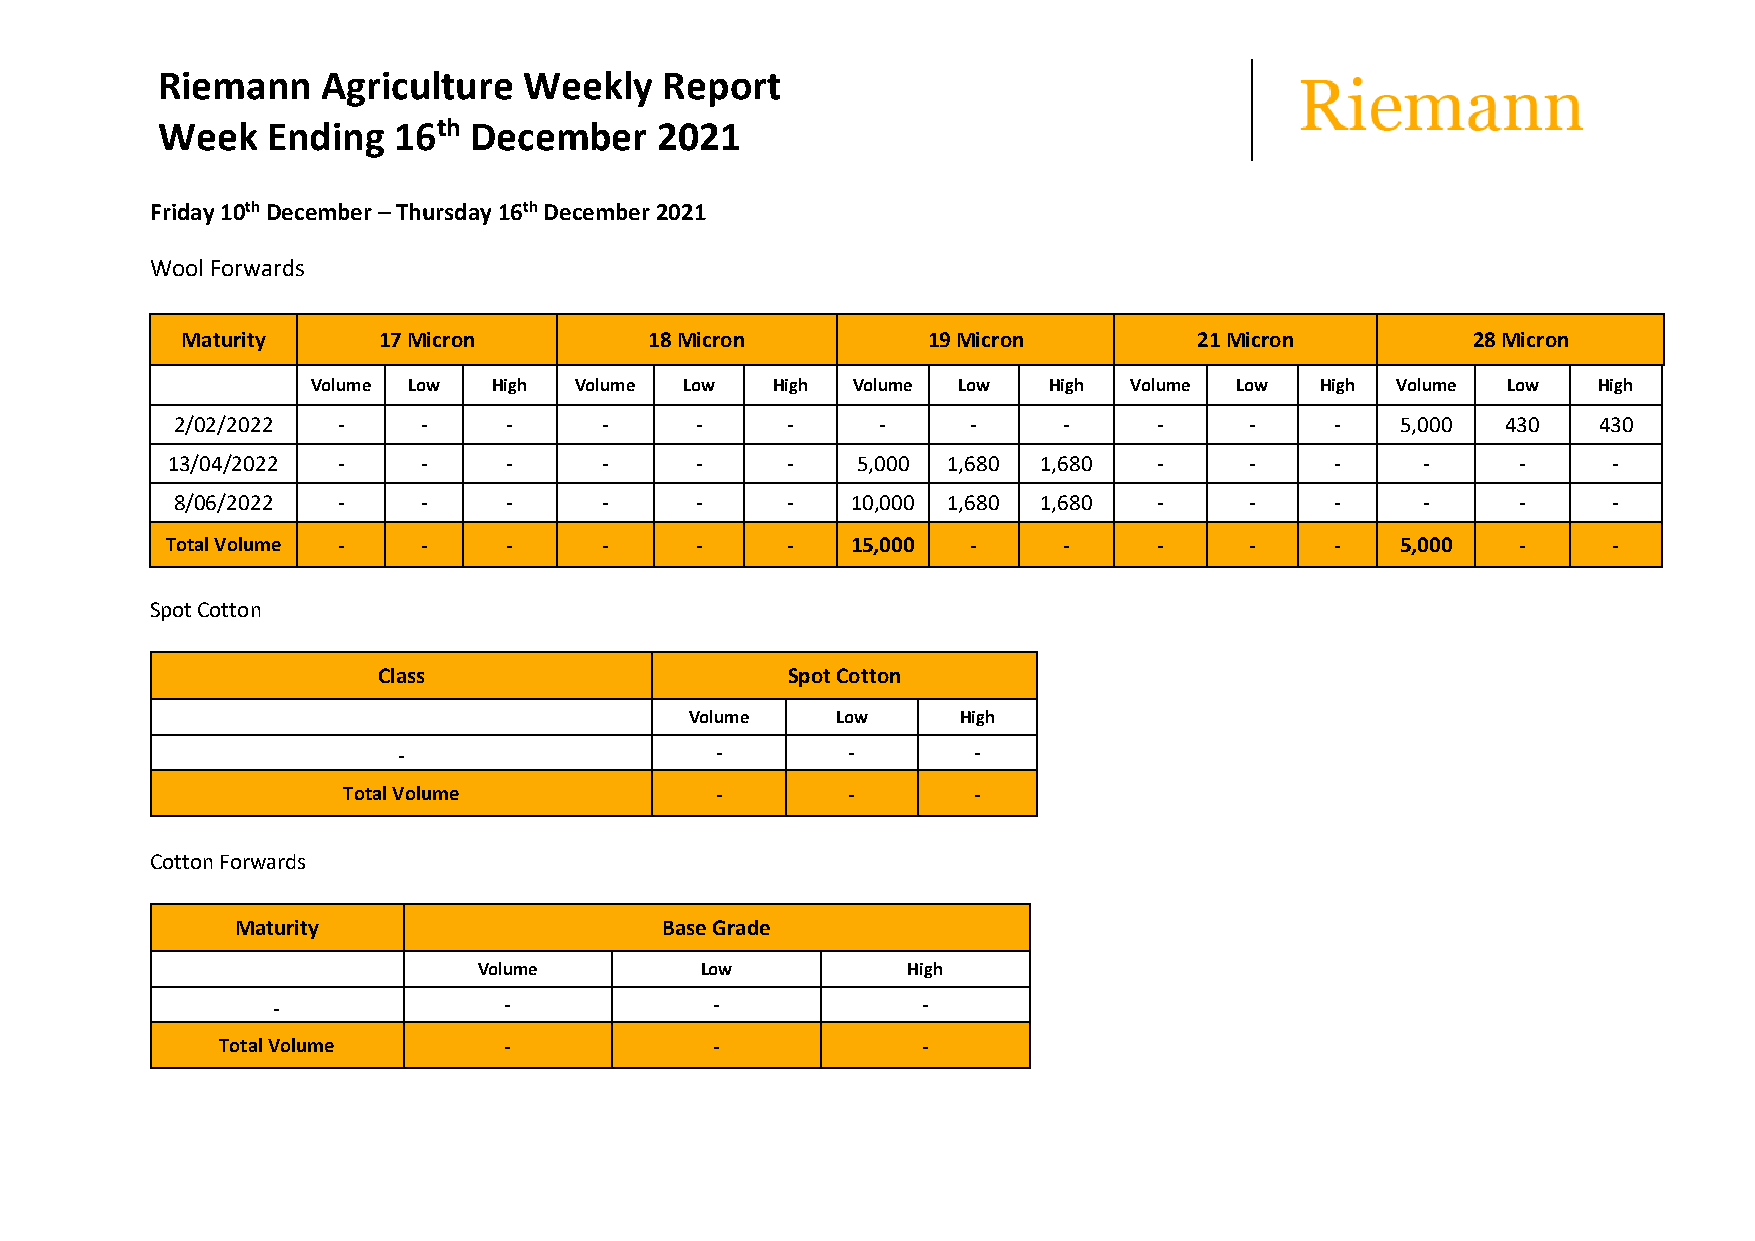
Riemann    Agriculture   Weekly   Report
 Week    Ending  16th December    2021
 Friday 10th December – Thursday 16th December 2021
 Wool Forwards
 Maturity     17 Micron         18 Micron         19 Micron         21 Micron         28 Micron
 Volume Low  High Volume Low   High Volume Low   High  Volume Low  High Volume  Low   High
 2/02/2022 -     -    -      -     -     -     -     -     -      -     -    -    5,000  430   430
 13/04/2022 -     -    -      -     -     -    5,000 1,680 1,680   -     -    -     -      -     -
 8/06/2022 -     -    -      -     -     -   10,000 1,680 1,680   -     -    -     -      -     -
 Total Volume -   -    -      -     -     -   15,000  -     -      -     -    -    5,000   -     -
 Spot Cotton
 Class                      Spot Cotton
 Volume   Low     High
 -                    -        -       -
 Total Volume            -        -       -
 Cotton Forwards
 Maturity                    Base Grade
 Volume        Low           High
 -              -             -             -
 Total Volume       -             -             -